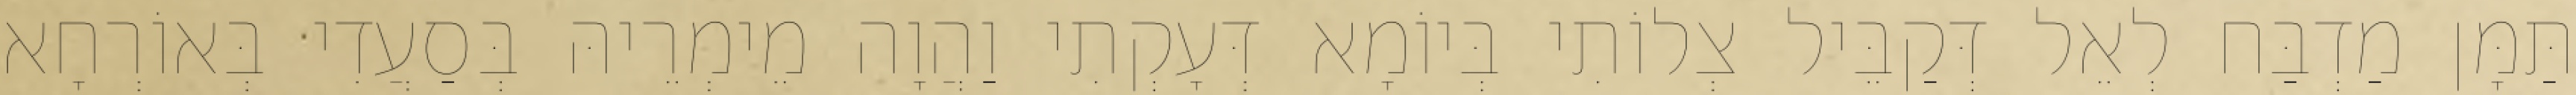
תַּמָּן מַדְבַּח לְאֵל דְּקַבֵּיל צְלוֹתִי בְּיוֹמָא דְּעָקְתִי וַהֲוָה מֵימְרֵיהּ בְּסַעֲדִי בְּאוֹרְחָא